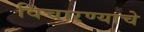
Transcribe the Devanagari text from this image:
विचारण्याचे